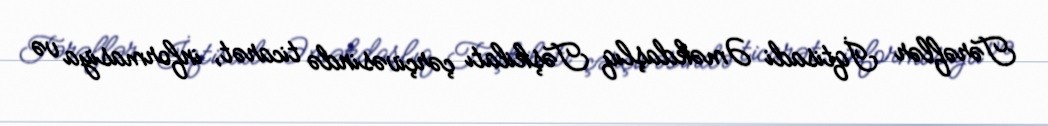
Tərəflər İqtisadi Əməkdaşlıq Təşkilatı çərçivəsində ticarət, informasiya və